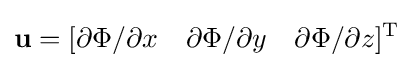
\mathbf {u} =[\partial \Phi /\partial x~~~\partial \Phi /\partial y~~~\partial \Phi /\partial z]^{\mathrm {T} }